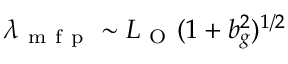
\lambda _ { \mathrm { ~ m ~ f ~ p ~ } } \sim L _ { \mathrm { ~ O ~ } } ( 1 + b _ { g } ^ { 2 } ) ^ { 1 / 2 }